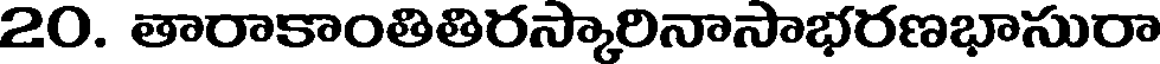
20. తారాకాంతితిరస్కారినాసాభరణభాసురా